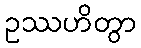
ဥဿဟိတွာ